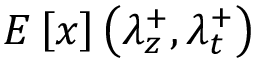
E \left[ x \right] \left( \lambda _ { z } ^ { + } , \lambda _ { t } ^ { + } \right)